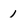
Character: 1